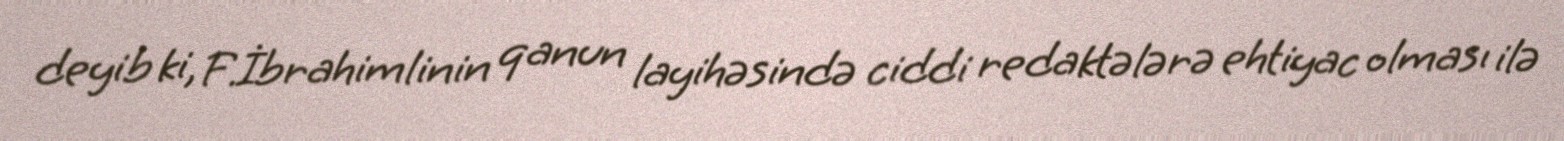
deyib ki, F.İbrahimlinin qanun layihəsində ciddi redaktələrə ehtiyac olması ilə